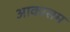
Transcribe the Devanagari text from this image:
आकासम